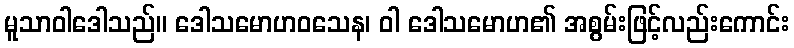
မူသာဝါဒေါသည်။ ဒေါသမောဟဝသေန၊ ဝါ ဒေါသမောဟ၏ အစွမ်းဖြင့်လည်းကောင်း